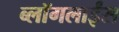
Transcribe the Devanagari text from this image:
ब्लॉगलाईंस